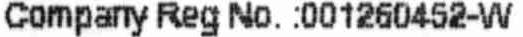
COMPANY REG NO.:001260452-W